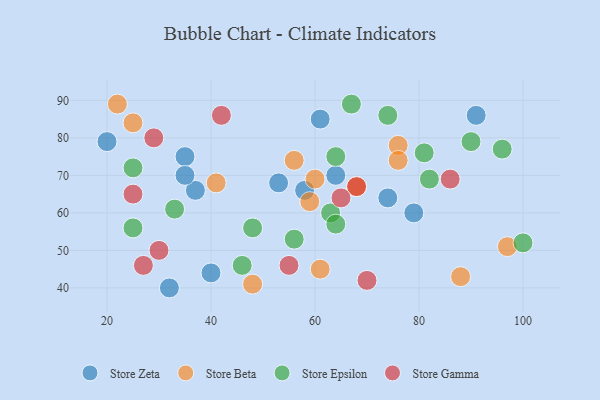
{"axis": {"x": "GDP", "y": "Life Expectancy"}, "legend": ["Store Beta", "Store Epsilon", "Store Gamma", "Store Zeta"], "data": [{"x": "40", "y": 44, "type": "Store Zeta"}, {"x": "35", "y": 75, "type": "Store Zeta"}, {"x": "74", "y": 64, "type": "Store Zeta"}, {"x": "37", "y": 66, "type": "Store Zeta"}, {"x": "79", "y": 60, "type": "Store Zeta"}, {"x": "53", "y": 68, "type": "Store Zeta"}, {"x": "64", "y": 70, "type": "Store Zeta"}, {"x": "58", "y": 66, "type": "Store Zeta"}, {"x": "32", "y": 40, "type": "Store Zeta"}, {"x": "91", "y": 86, "type": "Store Zeta"}, {"x": "20", "y": 79, "type": "Store Zeta"}, {"x": "61", "y": 85, "type": "Store Zeta"}, {"x": "35", "y": 70, "type": "Store Zeta"}, {"x": "61", "y": 45, "type": "Store Beta"}, {"x": "56", "y": 74, "type": "Store Beta"}, {"x": "76", "y": 78, "type": "Store Beta"}, {"x": "76", "y": 74, "type": "Store Beta"}, {"x": "97", "y": 51, "type": "Store Beta"}, {"x": "60", "y": 69, "type": "Store Beta"}, {"x": "25", "y": 84, "type": "Store Beta"}, {"x": "88", "y": 43, "type": "Store Beta"}, {"x": "22", "y": 89, "type": "Store Beta"}, {"x": "59", "y": 63, "type": "Store Beta"}, {"x": "68", "y": 67, "type": "Store Beta"}, {"x": "48", "y": 41, "type": "Store Beta"}, {"x": "41", "y": 68, "type": "Store Beta"}, {"x": "82", "y": 69, "type": "Store Epsilon"}, {"x": "63", "y": 60, "type": "Store Epsilon"}, {"x": "74", "y": 86, "type": "Store Epsilon"}, {"x": "46", "y": 46, "type": "Store Epsilon"}, {"x": "25", "y": 72, "type": "Store Epsilon"}, {"x": "100", "y": 52, "type": "Store Epsilon"}, {"x": "90", "y": 79, "type": "Store Epsilon"}, {"x": "67", "y": 89, "type": "Store Epsilon"}, {"x": "48", "y": 56, "type": "Store Epsilon"}, {"x": "56", "y": 53, "type": "Store Epsilon"}, {"x": "64", "y": 75, "type": "Store Epsilon"}, {"x": "96", "y": 77, "type": "Store Epsilon"}, {"x": "81", "y": 76, "type": "Store Epsilon"}, {"x": "64", "y": 57, "type": "Store Epsilon"}, {"x": "25", "y": 56, "type": "Store Epsilon"}, {"x": "33", "y": 61, "type": "Store Epsilon"}, {"x": "29", "y": 80, "type": "Store Gamma"}, {"x": "68", "y": 67, "type": "Store Gamma"}, {"x": "70", "y": 42, "type": "Store Gamma"}, {"x": "42", "y": 86, "type": "Store Gamma"}, {"x": "65", "y": 64, "type": "Store Gamma"}, {"x": "55", "y": 46, "type": "Store Gamma"}, {"x": "27", "y": 46, "type": "Store Gamma"}, {"x": "25", "y": 65, "type": "Store Gamma"}, {"x": "30", "y": 50, "type": "Store Gamma"}, {"x": "86", "y": 69, "type": "Store Gamma"}]}